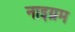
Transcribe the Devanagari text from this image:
नाइग्रम